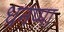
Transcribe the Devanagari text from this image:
धनप्पा